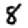
Digit: 8